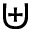
\uplus